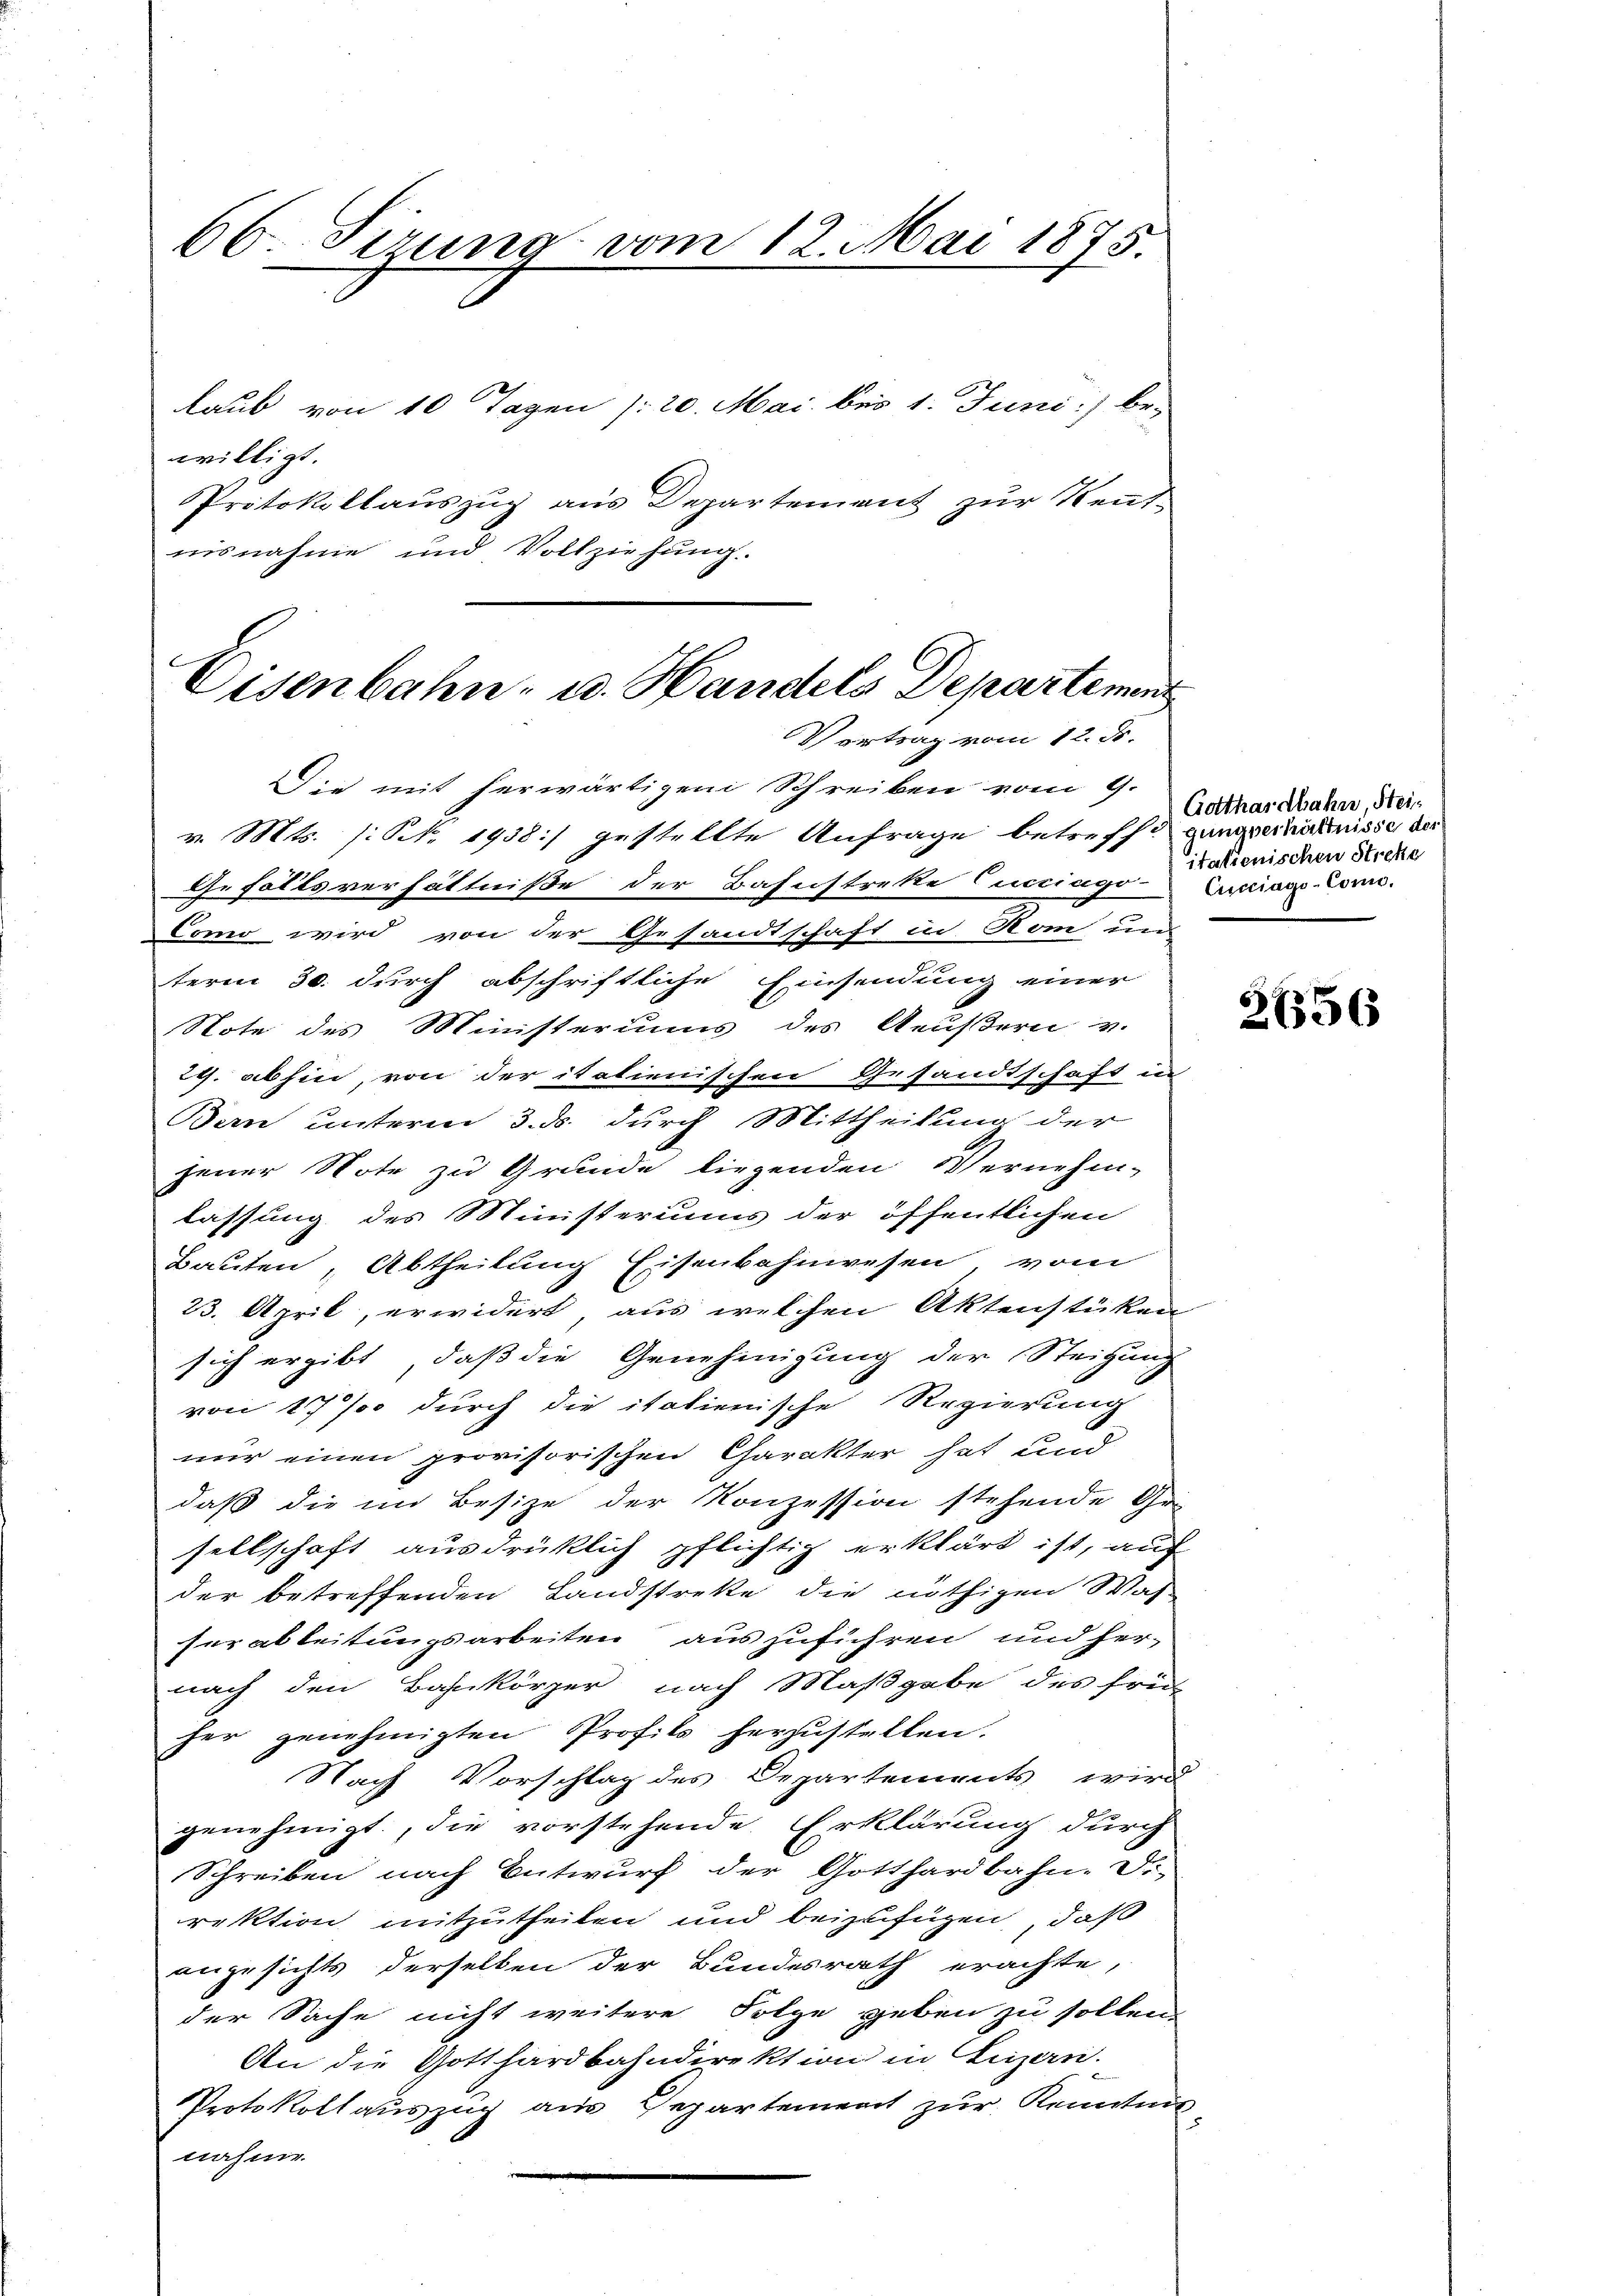
Laub von 10 Tagen /: 20. Mai bei 1. Juni:/ be-
willigt.
Protokollauszug aus Departement zur Kenntnisnahme und Vollziehung.

66. Sirung vom 12. Mai 1875.

Eisenbahn- u. Handels Departemen
Vortrag vom 12. ds.

Die mit herwärtigen Schreiben vom 9.
v. Mts. /: N. 1938.) gestellte Anfrage betreffe gangerähnisse der
Gefällsverhältniße der Bahnstreke Cucciago Cuxiar-Com¬
Como wird von der Gesandtschaft in Rom und
term 30. durch abschriftliche Einsendung einer
Note des Ministeriums des Aeußern v.
29. abhin, von der italienischen Gesandtschaft in
Bern unterm 3. ds. durch Mittheilung der
jener Note zu Grunde liegenden Vernehm-
lassung des Ministeriums der öffentlichen
Bauten, Abtheilung Eisenbahnwesen vom
23. April, erwidert aus welchen Aktenstüken
sich ergibt, daß die Genehmigung der Steigung
von 177 durch die italienische Regierung
nur einen provisorischen Charakter hat und
daß die im Besize der Konzession stehende Gra
sellschaft ausdrücklich pflichtig erklärt ist, auf
der betreffenden Landstrette die nöthigen Was
serableitungsarbeiten auszuführen und her-
nach den Bahnkörper nach Maßgabe des frei
her genehmigten Profits herzustellen.
Nach Vorschlag des Departements wird
genehmigt, die vorstehende Erklärung durch
Schreiben nach Entwurf der Gotthardbahn-Di-
rektion mitzutheilen und beizufügen, daß
angesichts derselben der Bundesrath erachte,
der Sache nicht weitere Folge geben zu sollen.
An die Gotthardbahndirektion in Luzern.
Protokollauszug aus Departement zur Kenntnis
nahme

Gotthardbahn, Steiitalienischen Streke

2656